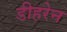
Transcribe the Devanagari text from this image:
डीहरेन